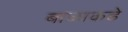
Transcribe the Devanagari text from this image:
बाळाकडे